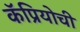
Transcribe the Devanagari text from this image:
कॅप्रियोची